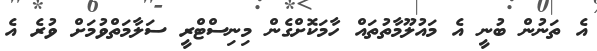
އެ ތަނުން ބުނީ އެ މައުލޫމާތުތައް ހާމަކޮށްގެން މިނިސްޓްރީ ސަލާމަތްވުމަށް ވުރެ އެ